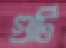
গুটি